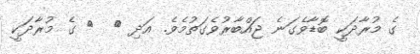
ގެ މުރާދަކީ ބޮޑާވެގަނެ ޖައްބާރުވެގަތުމެވެ. އަދި {  } ގެ މުރާދަކީ